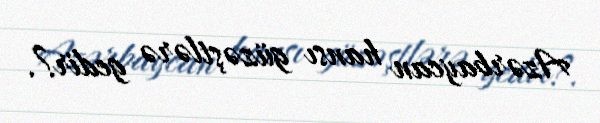
Azərbaycan hansı güzəştlərə gedir?.